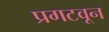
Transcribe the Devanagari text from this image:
प्रगटवून